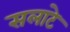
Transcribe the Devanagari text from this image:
सलाटे